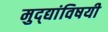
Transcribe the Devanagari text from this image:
मुद्द्यांविषयी